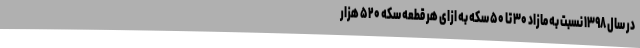
در سال ۱۳۹۸ نسبت به مازاد ۳۰ تا ۵۰ سکه به ازای هر قطعه سکه ۵۲۰ هزار